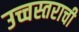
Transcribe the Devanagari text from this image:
उच्चस्तराची